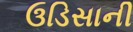
ઉડિસાની